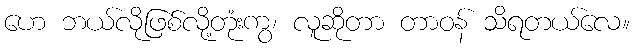
ဟေ ဘယ်လိုဖြစ်လို့တုံးကွ၊ လူဆိုတာ တာဝန် သိရတယ်လေ။